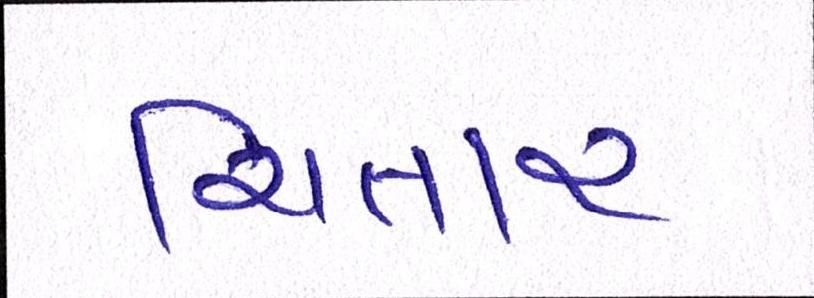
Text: ચિતાર